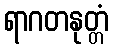
ရာဂတနုတ္တံ